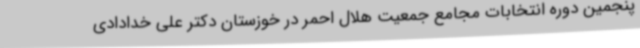
پنجمین دوره انتخابات مجامع جمعیت هلال احمر در خوزستان دکتر علی خدادادی